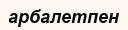
арбалетпен